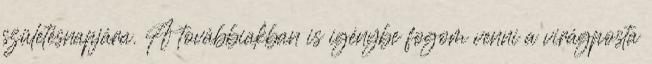
születésnapjára. A továbbiakban is igénybe fogom venni a virágposta